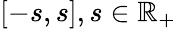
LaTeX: [-s,s],s\in\mathbb{R}_{+}